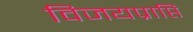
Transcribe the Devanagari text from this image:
विजयप्राप्ति